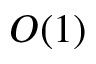
O ( 1 )